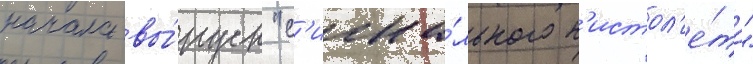
начала вы́пуск "с'игна́льного п'истол'е́та"